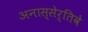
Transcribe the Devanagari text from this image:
अनास्सेर्तिवे